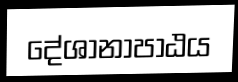
දේශානාපාඨය